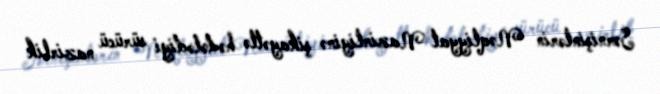
Sərnişinlərin Nəqliyyat Nazirliyinə şikayətlə hədələdiyi sürücü nazirlik